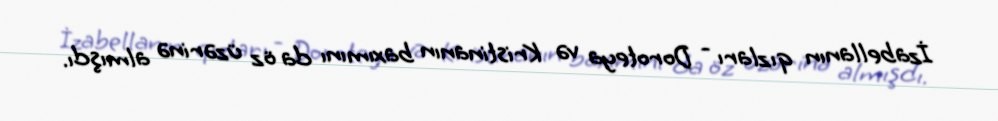
İzabellanın qızları - Doroteya və Kristinanın baxımını da öz üzərinə almışdı.